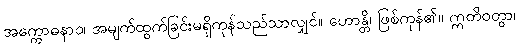
အက္ကောဓနာဝ၊ အမျက်ထွက်ခြင်းမရှိကုန်သည်သာလျှင်။ ဟောန္တိ၊ ဖြစ်ကုန်၏။ ဣတိဝတွာ၊